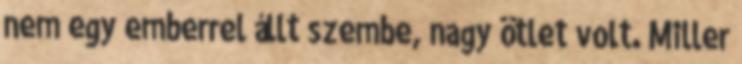
nem egy emberrel állt szembe, nagy ötlet volt. Miller